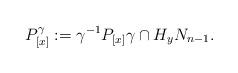
LaTeX: \begin{align*}P^\gamma_{[x]}:= \gamma^{-1} P_{[x]}\gamma \cap H_y N_{n-1}. \end{align*}